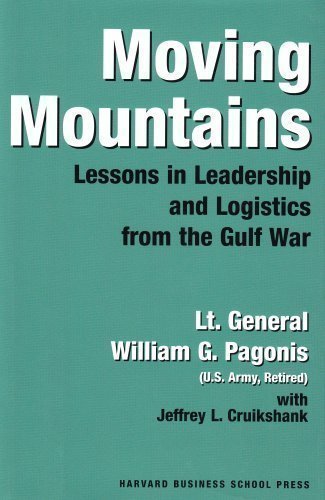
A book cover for Moving Mountains: Lessons in Leadership and Logistics from the Gulf War by Pagonis, William G., Cruikshank, Jeffrey 1st (first) Printing Edition (1992); History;